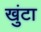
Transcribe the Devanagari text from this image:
खुंटा